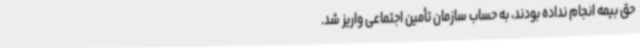
حق بیمه انجام نداده بودند، به حساب سازمان تأمین اجتماعی واریز شد.